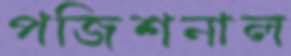
পজিশনাল